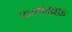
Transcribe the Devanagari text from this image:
थर्मोग्राफ़